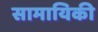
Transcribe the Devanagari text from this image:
सामायिकी